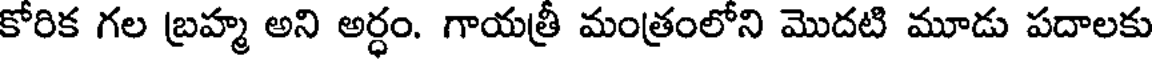
కోరిక గల బ్రహ్మ అని అర్ధం. గాయత్రీ మంత్రంలోని మొదటి మూడు పదాలకు